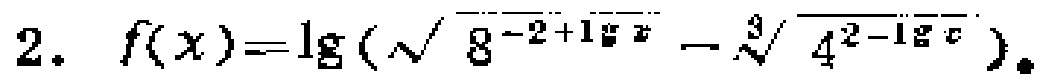
2. \(f(x)=\lg(\sqrt{8^{-2 + \lg x}}-\sqrt[3]{4^{2-\lg x}})\)